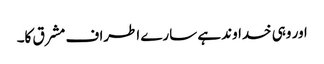
اور وہی خداوند ہے سارے اطراف مشرق کا۔